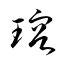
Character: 瑢